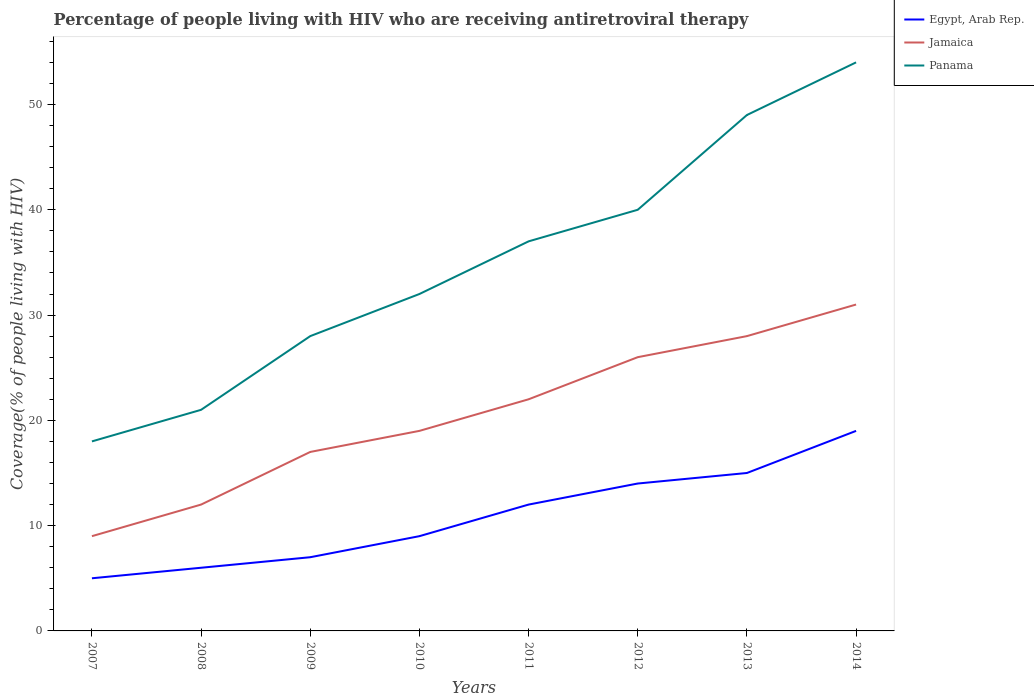
| Years | Egypt, Arab Rep. | Jamaica | Panama |
 | --- | --- | --- | --- |
 | 2007 | 5 | 9 | 18 |
 | 2008 | 6 | 12 | 21 |
 | 2009 | 7 | 17 | 28 |
 | 2010 | 9 | 19 | 32 |
 | 2011 | 12 | 22 | 37 |
 | 2012 | 14 | 26 | 40 |
 | 2013 | 15 | 28 | 49 |
 | 2014 | 19 | 31 | 54 |